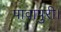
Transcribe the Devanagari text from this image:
पावापुरी।